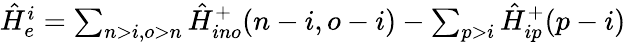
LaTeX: \begin{array}{r}{\hat{H}_{e}^{i}=\sum_{n>i,o>n}\hat{H}_{ino}^{+}(n-i,o-i)-\sum_{p>i}\hat{H}_{ip}^{+}(p-i)}\end{array}